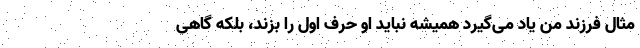
مثال فرزند من یاد می‌گیرد همیشه نباید او حرف اول را بزند، بلکه گاهی